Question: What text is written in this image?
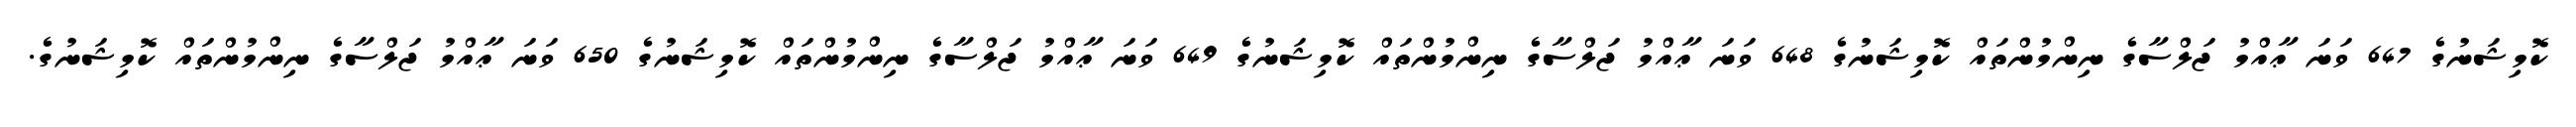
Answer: ކޮމިޝަނުގެ 647 ވަނަ ޢާއްމު ޖަލްސާގެ ނިންމުންތައް ކޮމިޝަނުގެ 648 ވަނަ ޢާއްމު ޖަލްސާގެ ނިންމުންތައް ކޮމިޝަނުގެ 649 ވަނަ ޢާއްމު ޖަލްސާގެ ނިންމުންތައް ކޮމިޝަނުގެ 650 ވަނަ ޢާއްމު ޖަލްސާގެ ނިންމުންތައް ކޮމިޝަނުގެ.